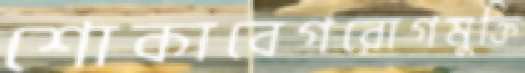
শোকাবেগরোগমুক্তি